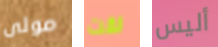
مولى لقت أليس